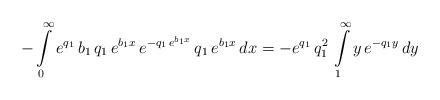
LaTeX: \begin{align*}- \int\limits_{0}^{\infty} e^{q_1} \, b_1 \, q_1 \, e^{b_1 x} \, e^{-q_1 \, e^{b_1 x}} \, q_1 \, e^{b_1 x} \, dx= - e^{q_1} \, q_1^2 \, \int\limits_{1}^{\infty} y \, e^{-q_1 y} \, dy\end{align*}